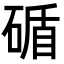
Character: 碷